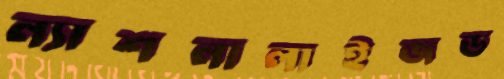
ন্যাশনালাইজড